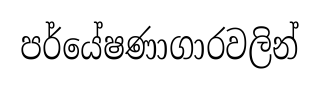
පර්යේෂණාගාරවලින්